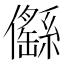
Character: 㒡